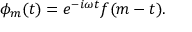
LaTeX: \phi _ { m } ( t ) = e ^ { - i \omega t } f ( m - t ) .